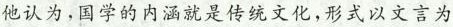
他认为，国学的内涵就是传统文化,形式以文言为